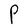
Character: P